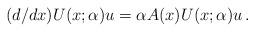
LaTeX: \begin{align*}(d/dx) U(x; \alpha) u = \alpha A(x) U(x; \alpha) u \, . \end{align*}